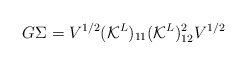
\begin{align*}G \Sigma = V^{1/2} (\mathcal{K}^L)_{11} (\mathcal{K}^L)_{12}^{2} V^{1/2} \end{align*}